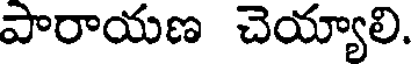
పారాయణ చెయ్యాలి.